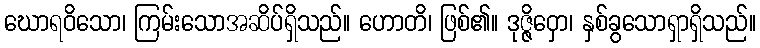
ဃောရဝိသော၊ ကြမ်းသောအဆိပ်ရှိသည်။ ဟောတိ၊ ဖြစ်၏။ ဒုဇ္ဇိဝှော၊ နှစ်ခွသောရှာရှိသည်။